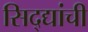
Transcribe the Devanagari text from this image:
सिद्द्यांची